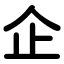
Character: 企